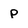
Character: p